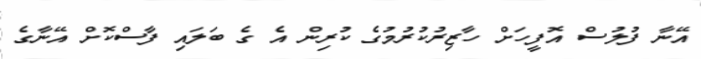
އޭނާ ފުލުސް އޮފީހަށް ހާޒިރުކުރުމުގެ ކުރިން އެ ގެ ބަލައި ފާސްކޮށް އޭނާގެ